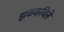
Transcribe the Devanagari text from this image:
झळकविले